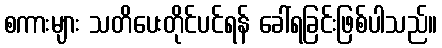
စကားများ သတိပေးတိုင်ပင်ရန် ခေါ်ရခြင်းဖြစ်ပါသည်။